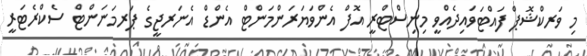
މި ވަރކްޝޮޕް ފައްޓަވައިދެއްވީ މިނިސްޓްރީ އޮފް އެންވަޔަރަންމަންޓް އެންޑް އެނަރޖީގެ ޕަރމަނަންޓް ސެކްރެޓަރީ